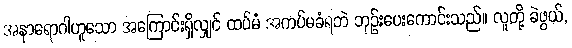
အနာရောဂါဟူသော အကြောင်းရှိလျှင် ထပ်မံ အကပ်မခံရဘဲ ဘုဉ်းပေးကောင်းသည်။ လူတို့ ခဲဖွယ်,